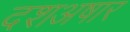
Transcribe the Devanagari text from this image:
दशअषार